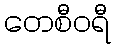
တေစီဝရီ